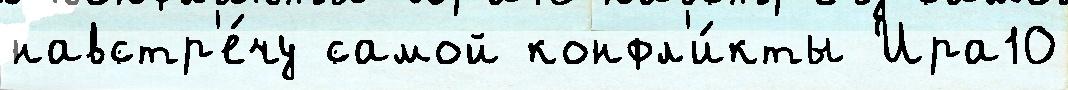
навстр'е́чу самой конфл'и́кты Ира10